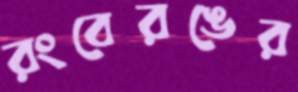
রংবেরঙের